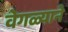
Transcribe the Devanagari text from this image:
वेगळ्याने